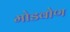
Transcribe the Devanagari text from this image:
मोडवोण